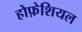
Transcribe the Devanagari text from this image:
होफ़ेशियल